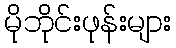
မိုဘိုင်းဖုန်းများ